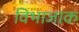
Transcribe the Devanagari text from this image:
विभाजाक